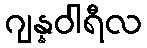
ဂျန္နဝါရီလ